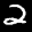
Label: 2